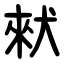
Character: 猌